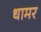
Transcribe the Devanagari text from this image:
धामर